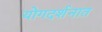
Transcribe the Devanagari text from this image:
योगदर्शनात